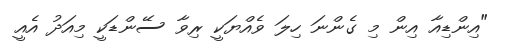
"އިންޑިއާ އިން މި ގެންނަ ހިލަ ވެއްޔަކީ ރިވާ ސޭންޑަކީ މިއަދު އެއީ